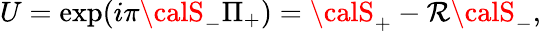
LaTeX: U=\exp(i\pi{\calS}_{-}\Pi_{+})={\calS}_{+}-\mathcal{R}{\calS}_{-},